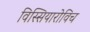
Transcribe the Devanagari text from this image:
विस्सियारोविच